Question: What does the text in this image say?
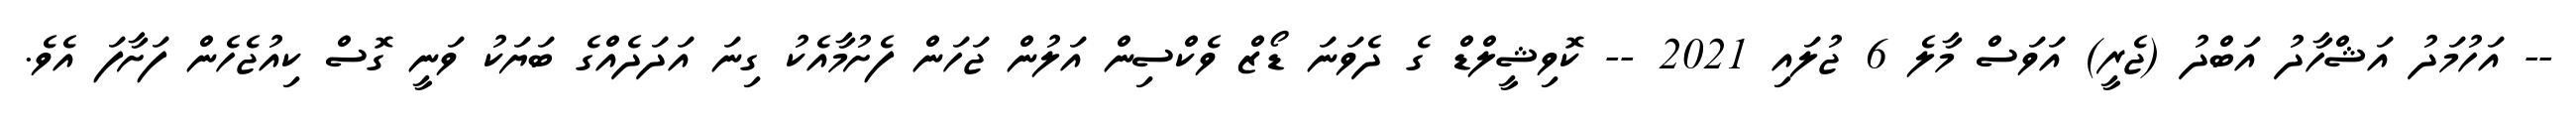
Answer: -- އަހުމަދު އަޝްހާދު އަބްދު (ޖެރީ) އަވަސް މާލެ 6 ޖުލައި 2021 -- ކޮވިޝީލްޑް ގެ ދެވަނަ ޑޯޒް ވެކްސިން އަލުން ޖަހަން ފެށުމާއެކު ގިނަ އަދަދެއްގެ ބަޔަކު ވަނީ ގޮސް ކިއުޖެހެން ފަށާފަ އެވެ.